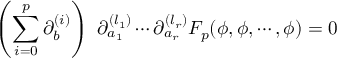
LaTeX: \left( \sum _ { i = 0 } ^ { p } \partial _ { b } ^ { ( i ) } \right) \, \, \partial _ { a _ { 1 } } ^ { ( l _ { 1 } ) } \cdots \partial _ { a _ { r } } ^ { ( l _ { r } ) } F _ { p } ( \phi , \phi , \cdots , \phi ) = 0